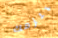
يلزمك